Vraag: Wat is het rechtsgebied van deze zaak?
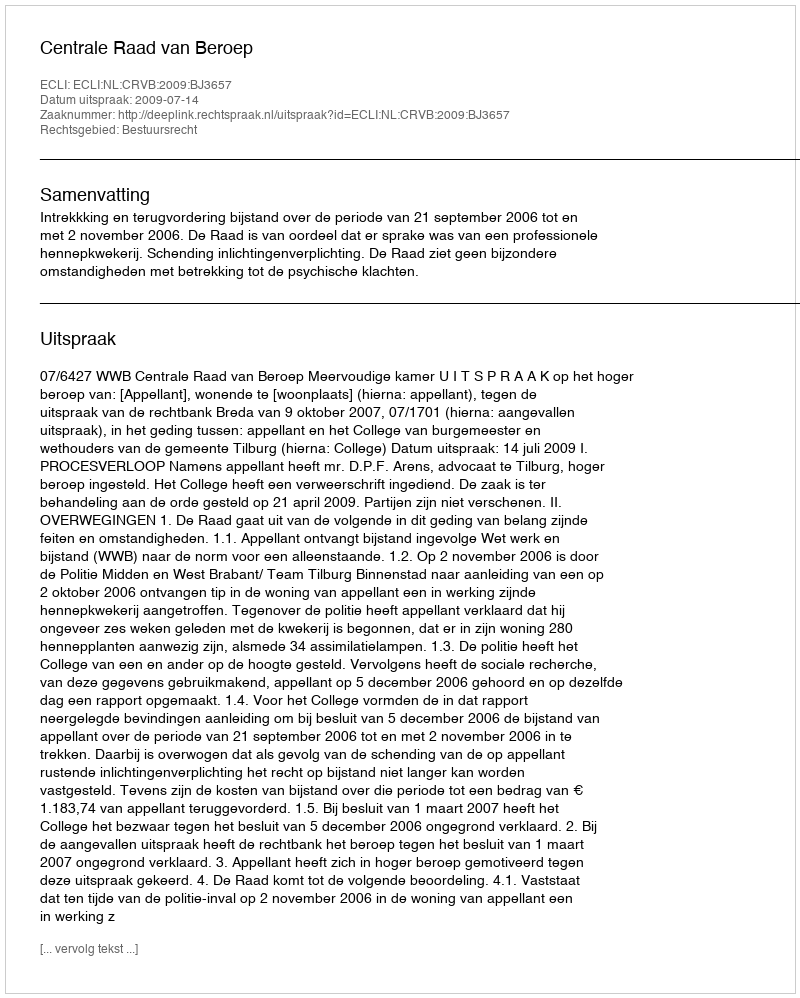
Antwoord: Bestuursrecht